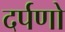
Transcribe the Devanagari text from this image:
दर्पणो